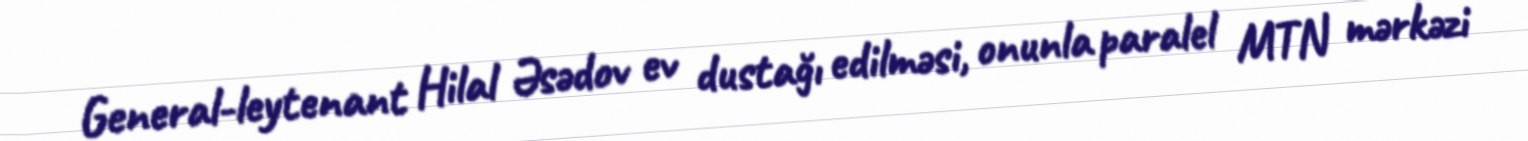
General-leytenant Hilal Əsədov ev dustağı edilməsi, onunla paralel MTN mərkəzi